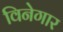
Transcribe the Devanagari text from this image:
विनेगार